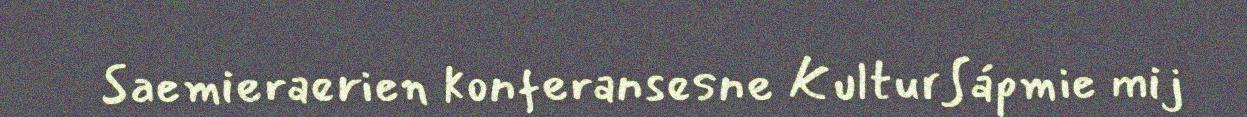
Saemieraerien konferansesne KulturSápmie mij